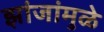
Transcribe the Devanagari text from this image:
झांजांमुळे